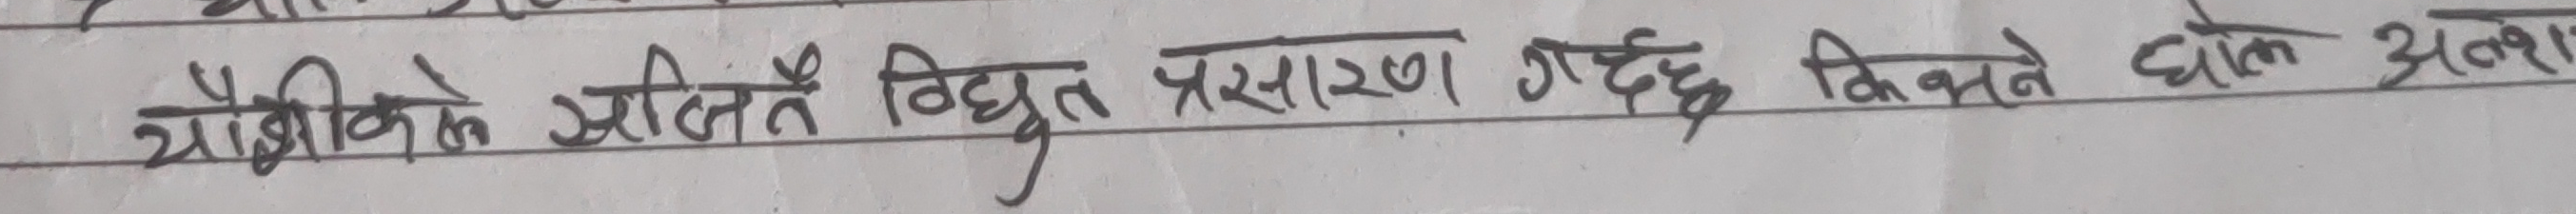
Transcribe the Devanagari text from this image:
यौगिकले शक्ति विद्युत प्रसारण गर्दछ, किनने चालक अलग